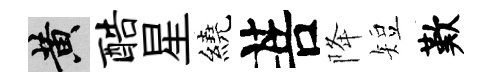
黄酷星繞菩降短歎